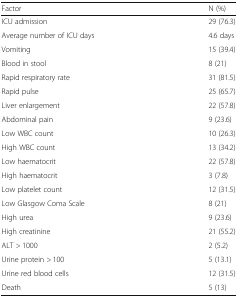
| Factor | N (%) |
 | --- | --- |
 | ICU admission | 29 (76.3) |
 | Average number of ICU days | 4.6 days |
 | Vomiting | 15 (39.4) |
 | Blood in stool | 8 (21) |
 | Rapid respiratory rate | 31 (81.5) |
 | Rapid pulse | 25 (65.7) |
 | Liver enlargement | 22 (57.8) |
 | Abdominal pain | 9 (23.6) |
 | Low WBC count | 10 (26.3) |
 | High WBC count | 13 (34.2) |
 | Low haematocrit | 22 (57.8) |
 | High haematocrit | 3 (7.8) |
 | Low platelet count | 12 (31.5) |
 | Low Glasgow Coma Scale | 8 (21) |
 | High urea | 9 (23.6) |
 | High creatinine | 21 (55.2) |
 | ALT > 1000 | 2 (5.2) |
 | Urine protein > 100 | 5 (13.1) |
 | Urine red blood cells | 12 (31.5) |
 | Death | 5 (13) |